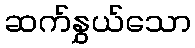
ဆက်နွှယ်သော